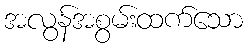
အလွန်အစွမ်းထက်သော